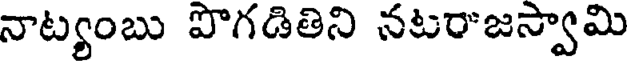
నాట్యంబు పొగడితిని నటరాజస్వామి